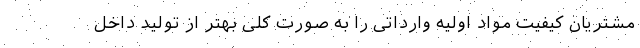
مشتریان کیفیت مواد اولیه وارداتی را به صورت کلی بهتر از تولید داخل